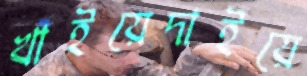
খাইয়েদাইয়ে